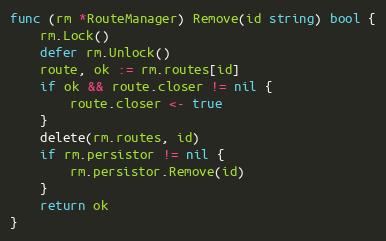
Language: Go
func (rm *RouteManager) Remove(id string) bool {
	rm.Lock()
	defer rm.Unlock()
	route, ok := rm.routes[id]
	if ok && route.closer != nil {
		route.closer <- true
	}
	delete(rm.routes, id)
	if rm.persistor != nil {
		rm.persistor.Remove(id)
	}
	return ok
}